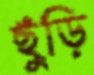
ছুঁড়ি